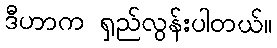
ဒီဟာက ရှည်လွန်းပါတယ်။